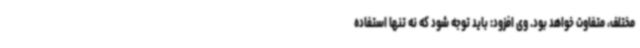
مختلف، متفاوت خواهد بود. وی افزود: باید توجه شود که نه تنها استفاده